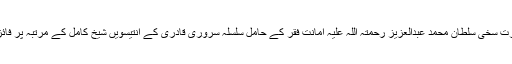
حضرت سخی سلطان محمد عبدالعزیز رحمتہ اللہ علیہ امانتِ فقر کے حامل سلسلہ سروری قادری کے انتیسویں شیخِ کامل کے مرتبہ پر فائز ہیں۔